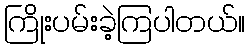
ကြိုးပမ်းခဲ့ကြပါတယ်။